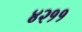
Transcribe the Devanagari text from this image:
४२११